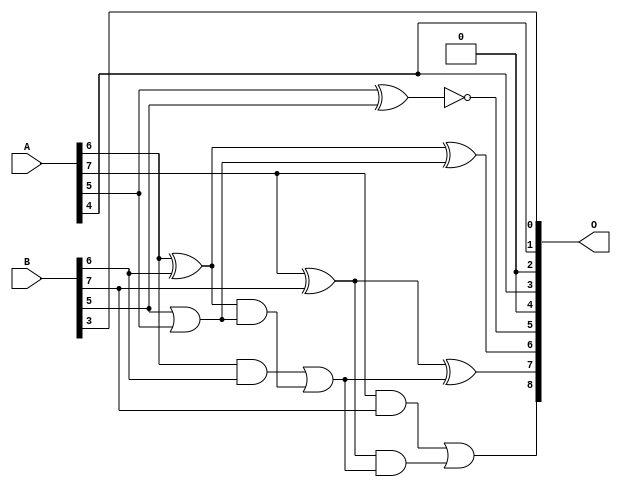
// This program was cloned from: https://github.com/ehw-fit/evoapproxlib
// License: MIT License

/***
* This code is a part of EvoApproxLib library (ehw.fit.vutbr.cz/approxlib) distributed under The MIT License.
* When used, please cite the following article(s): V. Mrazek, L. Sekanina, Z. Vasicek "Libraries of Approximate Circuits: Automated Design and Application in CNN Accelerators" IEEE Journal on Emerging and Selected Topics in Circuits and Systems, Vol 10, No 4, 2020 
* This file contains a circuit from a sub-set of pareto optimal circuits with respect to the pwr and mae parameters
***/
// MAE% = 1.97 %
// MAE = 10 
// WCE% = 6.25 %
// WCE = 32 
// WCRE% = 3100.00 %
// EP% = 96.97 %
// MRE% = 6.16 %
// MSE = 154 
// PDK45_PWR = 0.0095 mW
// PDK45_AREA = 25.8 um2
// PDK45_DELAY = 0.24 ns


module add8u_8LL(A, B, O);
  input [7:0] A, B;
  output [8:0] O;
  wire sig_42, sig_43, sig_44, sig_45, sig_47, sig_48;
  wire sig_49, sig_50;
  assign O[2] = 1'b0;
  assign O[5] = !(A[5] ^ B[5]);
  assign sig_42 = B[5] | A[5];
  assign sig_43 = A[6] ^ B[6];
  assign sig_44 = A[6] & B[6];
  assign sig_45 = sig_43 & sig_42;
  assign O[6] = sig_43 ^ sig_42;
  assign sig_47 = sig_44 | sig_45;
  assign sig_48 = A[7] ^ B[7];
  assign sig_49 = A[7] & B[7];
  assign sig_50 = sig_48 & sig_47;
  assign O[7] = sig_48 ^ sig_47;
  assign O[8] = sig_49 | sig_50;
  assign O[0] = B[3];
  assign O[1] = A[4];
  assign O[3] = A[4];
  assign O[4] = O[2];
endmodule